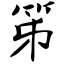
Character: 笫